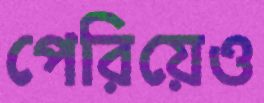
পেরিয়েও